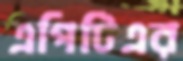
এপিটিএর